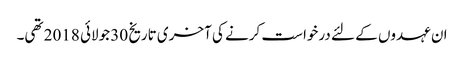
ان عہدوں کے لئے درخواست کرنے کی آخری تاریخ 30 جولائی 2018 تھی۔